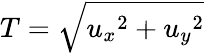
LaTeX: T=\sqrt{{u_{x}}^{2}+{u_{y}}^{2}}